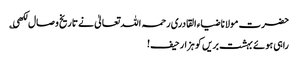
حضرت مولانا ضیاء القادری رحمہ اللہ تعالیٰ نے تاریخ وصال لکھی ؎
راہی ہوئے بہشت بریں کو ہزار حیف!